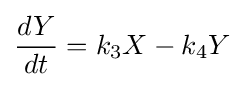
{\frac {dY}{dt}}=k_{3}X-k_{4}Y